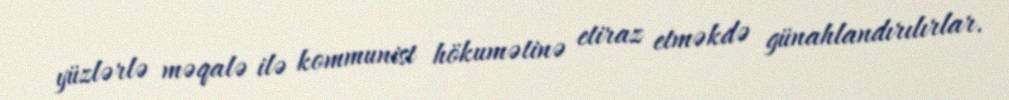
yüzlərlə məqalə ilə kommunist hökumətinə etiraz etməkdə günahlandırılırlar.